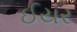
ઈયર